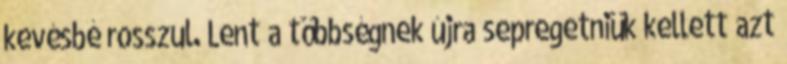
kevésbé rosszul. Lent a többségnek újra sepregetniük kellett azt